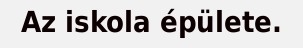
Az iskola épülete.